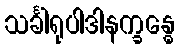
သင်္ခါရုပါဒါနက္ခန္ဓေ